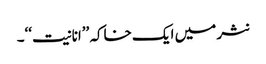
نثر میں ایک خاکہ ’’انانیت‘‘۔